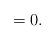
LaTeX: \begin{align*}=0.\end{align*}